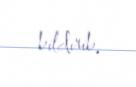
bildirib.